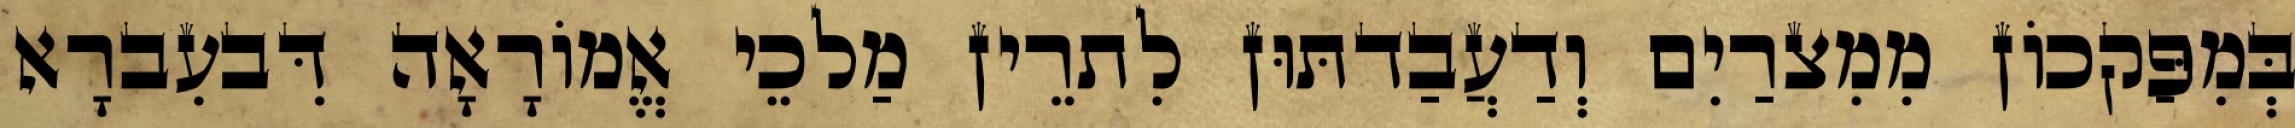
בְּמִפַּקכוֹן מִמִצרַיִם וְדַעֲבַדתּוּן לִתרֵין מַלכֵי אֱמוֹרָאָה דִּבעִברָא